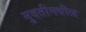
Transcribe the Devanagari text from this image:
मुदतीमधील